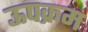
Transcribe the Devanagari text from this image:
ऊपक्रम